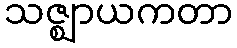
သဇ္ဈာယကတာ